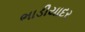
ભાડીયાદર